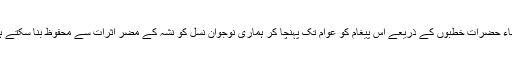
علماء حضرات خطبوں کے ذریعے اس پیغام کو عوام تک پہنچا کر ہماری نوجوان نسل کو نشہ کے مضر اثرات سے محفوظ بنا سکتے ہیں۔